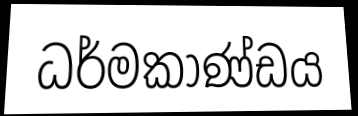
ධර්මකාණ්ඩය